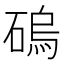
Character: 䃖